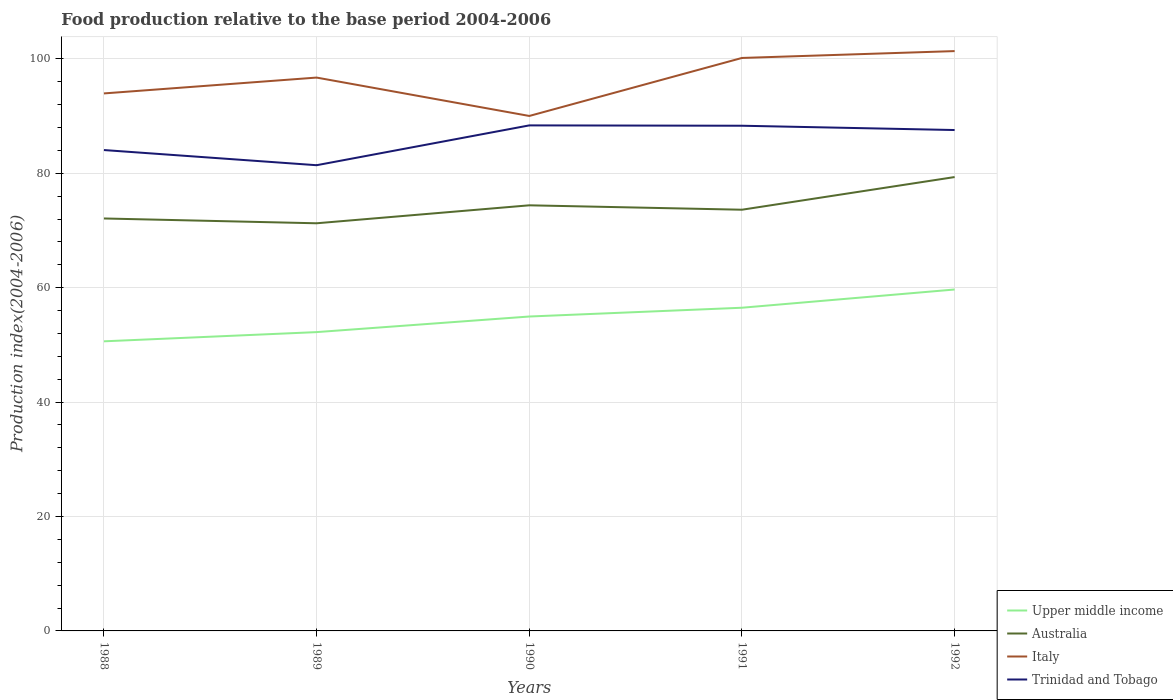
| Years | Upper middle income | Australia | Italy | Trinidad and Tobago |
 | --- | --- | --- | --- | --- |
 | 1988 | 50.6 | 72.1 | 94 | 84.1 |
 | 1989 | 52.2 | 71.3 | 96.7 | 81.4 |
 | 1990 | 55 | 74.4 | 90 | 88.4 |
 | 1991 | 56.5 | 73.6 | 100 | 88.3 |
 | 1992 | 59.7 | 79.3 | 101 | 87.6 |